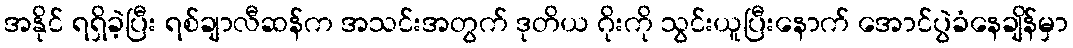
အနိုင် ရရှိခဲ့ပြီး ရစ်ချာလီဆန်က အသင်းအတွက် ဒုတိယ ဂိုးကို သွင်းယူပြီးနောက် အောင်ပွဲခံနေချိန်မှာ